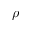
\boldsymbol { \rho }